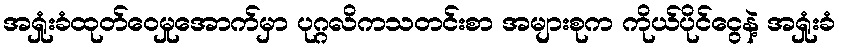
အရှုံးခံထုတ်ဝေမှုအောက်မှာ ပုဂ္ဂလိကသတင်းစာ အများစုက ကိုယ်ပိုင်ငွေနဲ့ အရှုံးခံ